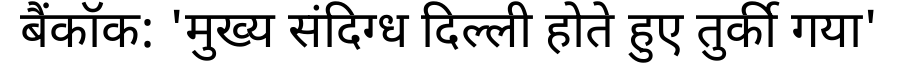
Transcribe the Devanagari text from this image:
बैंकॉक: 'मुख्य संदिग्ध दिल्ली होते हुए तुर्की गया'